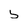
Character: 5